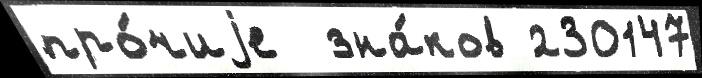
про́чиjе  зна́ков 230147